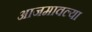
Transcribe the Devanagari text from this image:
आजमावल्या